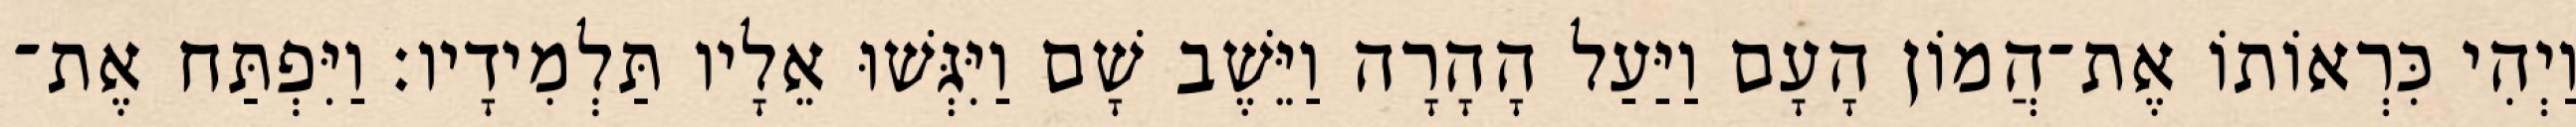
וַיְהִי כִּרְאוֹתוֹ אֶת־הֲמוֹן הָעָם וַיַּעַל הָהָרָה וַיֵּשֶׁב שָׁם וַיִּגְּשׁוּ אֵלָיו תַּלְמִידָיו׃ וַיִּפְתַּח אֶת־